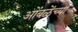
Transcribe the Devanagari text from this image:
ओंबळेंच्या